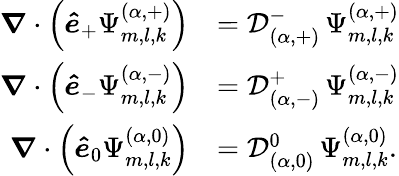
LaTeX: \begin{array}{rl}{\boldsymbol{\nabla}\cdot\left(\boldsymbol{\hat{e}}_{+}\Psi_{m,l,k}^{(\alpha,+)}\right)}&{=\mathcal{D}_{(\alpha,+)}^{-}\, \Psi_{m,l,k}^{(\alpha,+)}}\\ {\boldsymbol{\nabla}\cdot\left(\boldsymbol{\hat{e}}_{-}\Psi_{m,l,k}^{(\alpha,-)}\right)}&{=\mathcal{D}_{(\alpha,-)}^{+}\, \Psi_{m,l,k}^{(\alpha,-)}}\\ {\boldsymbol{\nabla}\cdot\left(\boldsymbol{\hat{e}}_{0}\Psi_{m,l,k}^{(\alpha,0)}\right)}&{=\mathcal{D}_{(\alpha,0)}^{0}\, \Psi_{m,l,k}^{(\alpha,0)}.}\end{array}